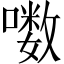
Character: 𪢒